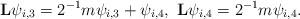
LaTeX: \begin{align*} \mathbf{L}\psi_{i,3}=2^{-1}m \psi_{i,3}+\psi_{i,4},\ \mathbf{L}\psi_{i,4}=2^{-1}m \psi_{i,4}. \end{align*}